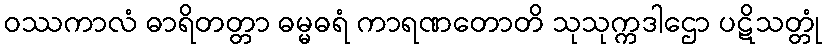
ဝဿကာလံ ဓာရိတတ္တာ ဓမ္မဓရံ ကာရဏတောတိ သုသုက္ကဒါဌော ပဋိသတ္တုံ